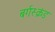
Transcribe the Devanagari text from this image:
बर्गस्क्रंड